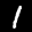
Label: 1